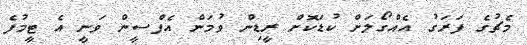
މެޗުގެ ފަރަގު އެއްގޯލަށް ކުޑަކޮށް ރީޑިން ވުމަން އެފްސީން ވަނީ އެ ޓީމުފެ